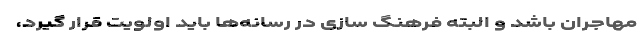
مهاجران باشد و البته فرهنگ سازی در رسانه‌ها باید اولویت قرار گیرد،